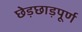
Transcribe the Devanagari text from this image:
छेड़छाड़पूर्ण